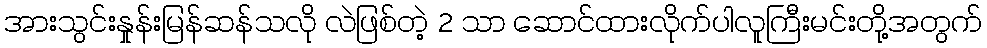
အားသွင်းနှုန်းမြန်ဆန်သလို လဲဖြစ်တဲ့ 2 သာ ဆောင်ထားလိုက်ပါလူကြီးမင်းတို့အတွက်